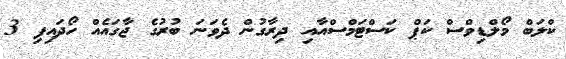
ކްލަބް މޯލްޑިވްސް ކަޕް ކަސްޓަމްސްއާއި ދިރާގުން ދެވަނަ ބުރުގެ ޖާގައެއް ހޯދައިފި 3